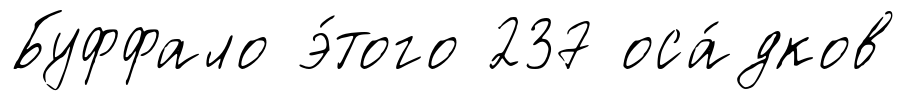
Буффало э́того 237 оса́дков